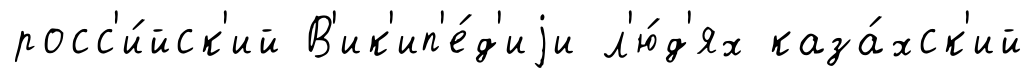
росс'и́йск'ий В'ик'ип'е́д'иjи л'ю́д'ях каза́хск'ий